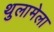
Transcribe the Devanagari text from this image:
थुलामेला